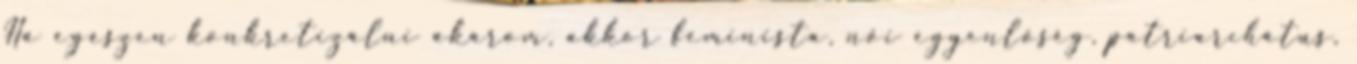
Ha egészen konkretizálni akarom, akkor feminista, női egyenlőség, patriarchátus,